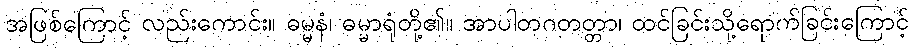
အဖြစ်ကြောင့် လည်းကောင်း။ ဓမ္မနံ၊ ဓမ္မာရုံတို့၏။ အာပါတဂတတ္တာ၊ ထင်ခြင်းသို့ရောက်ခြင်းကြောင့်